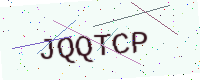
Text: JQQTCP